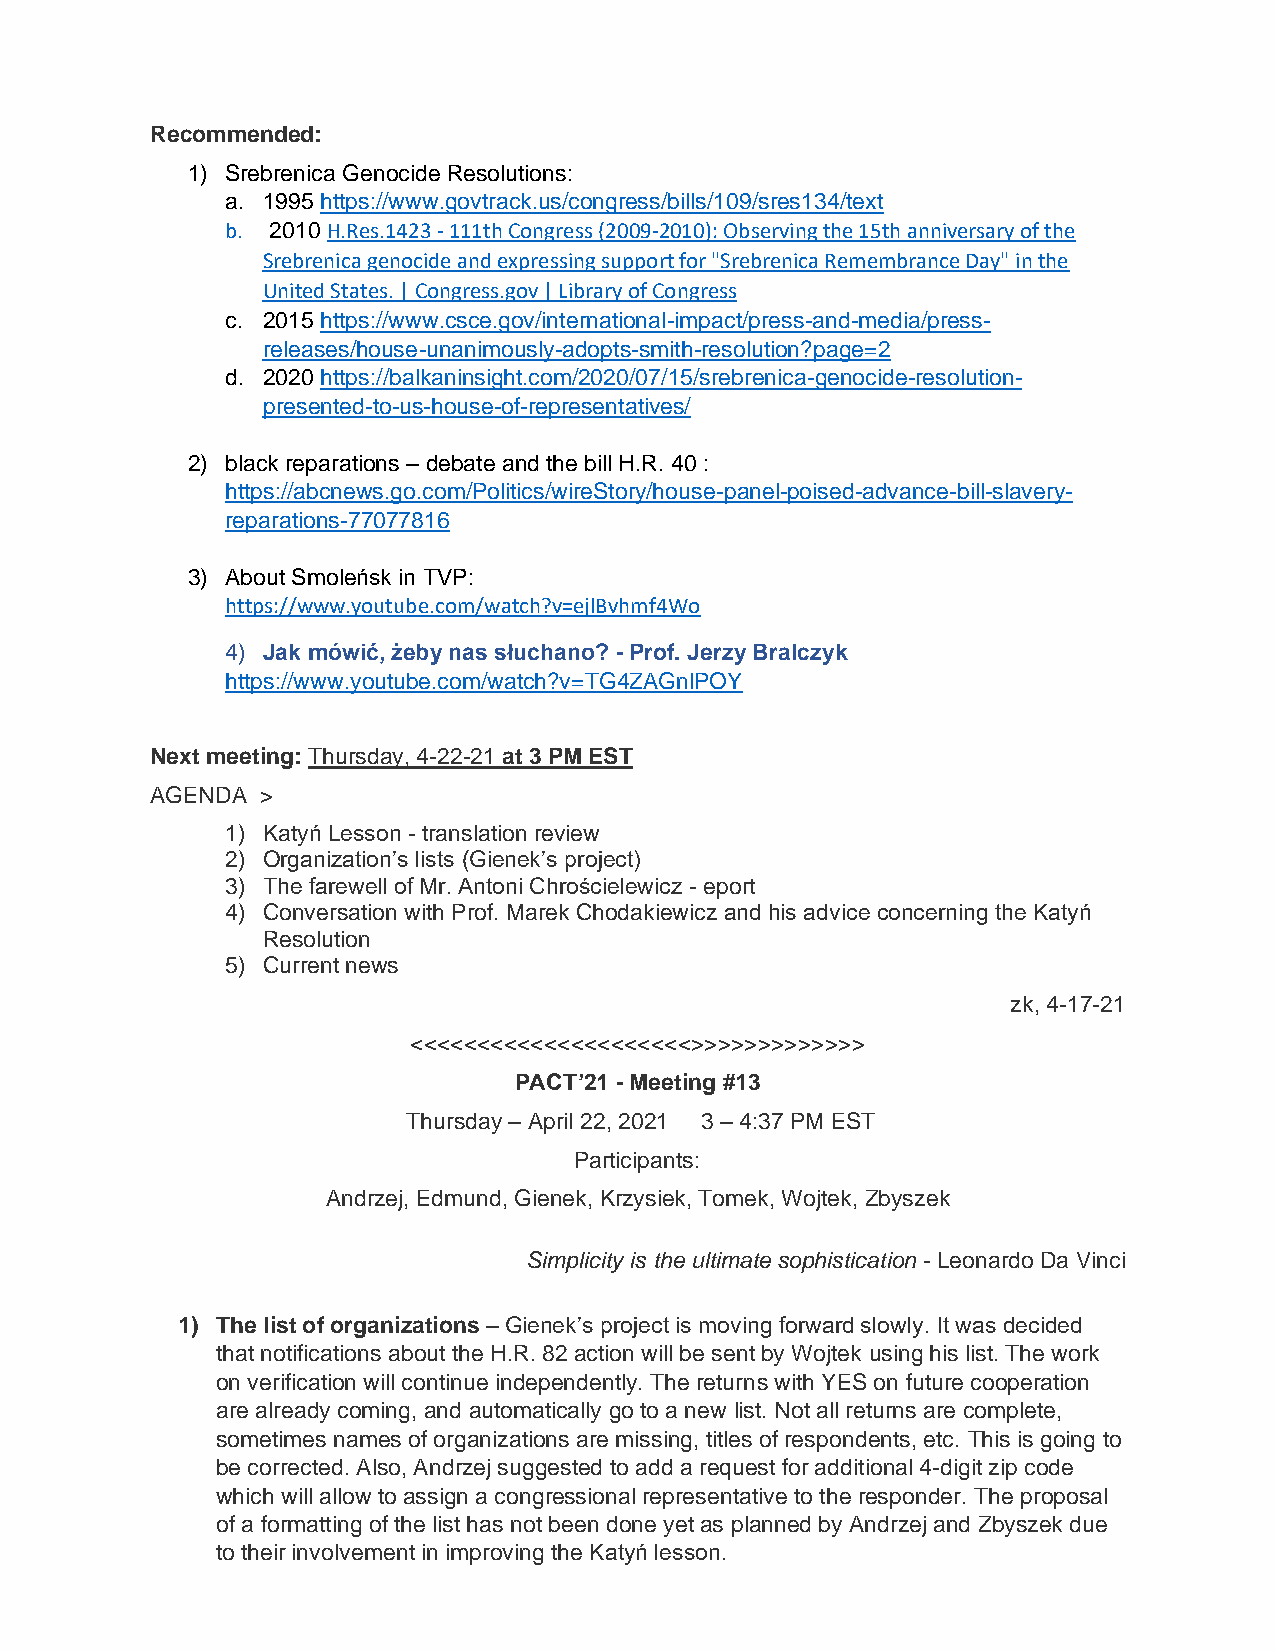
Recommended:
 1) Srebrenica Genocide Resolutions:
 a. 1995 https://www.govtrack.us/congress/bills/109/sres134/text
 b. 2010 H.Res.1423 - 111th Congress (2009-2010): Observing the 15th anniversary of the
 Srebrenica genocide and expressing support for "Srebrenica Remembrance Day" in the
 United States. | Congress.gov | Library of Congress
 c. 2015 https://www.csce.gov/international-impact/press-and-media/press-
 releases/house-unanimously-adopts-smith-resolution?page=2
 d. 2020 https://balkaninsight.com/2020/07/15/srebrenica-genocide-resolution-
 presented-to-us-house-of-representatives/
 2) black reparations – debate and the bill H.R. 40 :
 https://abcnews.go.com/Politics/wireStory/house-panel-poised-advance-bill-slavery-
 reparations-77077816
 3) About Smoleńsk in TVP:
 https://www.youtube.com/watch?v=ejlBvhmf4Wo
 4) Jak mówić, żeby nas słuchano? - Prof. Jerzy Bralczyk
 https://www.youtube.com/watch?v=TG4ZAGnlPOY
 Next meeting: Thursday, 4-22-21 at 3 PM EST
 AGENDA >
 1) Katyń Lesson - translation review
 2) Organization’s lists (Gienek’s project)
 3) The farewell of Mr. Antoni Chrościelewicz - eport
 4) Conversation with Prof. Marek Chodakiewicz and his advice concerning the Katyń
 Resolution
 5) Current news
 zk, 4-17-21
 <<<<<<<<<<<<<<<<<<<<<>>>>>>>>>>>>>
 PACT’21 - Meeting #13
 Thursday – April 22, 2021 3 – 4:37 PM EST
 Participants:
 Andrzej, Edmund, Gienek, Krzysiek, Tomek, Wojtek, Zbyszek
 Simplicity is the ultimate sophistication - Leonardo Da Vinci
 1) The list of organizations – Gienek’s project is moving forward slowly. It was decided
 that notifications about the H.R. 82 action will be sent by Wojtek using his list. The work
 on verification will continue independently. The returns with YES on future cooperation
 are already coming, and automatically go to a new list. Not all returns are complete,
 sometimes names of organizations are missing, titles of respondents, etc. This is going to
 be corrected. Also, Andrzej suggested to add a request for additional 4-digit zip code
 which will allow to assign a congressional representative to the responder. The proposal
 of a formatting of the list has not been done yet as planned by Andrzej and Zbyszek due
 to their involvement in improving the Katyń lesson.